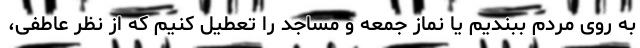
به روی مردم ببندیم یا نماز جمعه و مساجد را تعطیل کنیم که از نظر عاطفی،